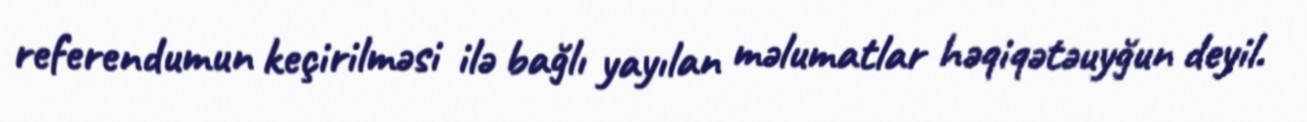
referendumun keçirilməsi ilə bağlı yayılan məlumatlar həqiqətəuyğun deyil.